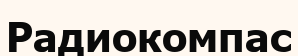
Радиокомпас